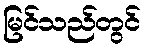
မြင်သည်တွင်